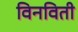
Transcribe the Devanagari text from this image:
विनविती